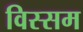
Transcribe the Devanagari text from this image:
विस्सम